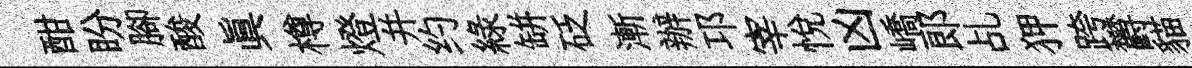
酣盼腳酸真樽燈并约綠缾砭漸辦邛宰悅凶嶠郞乩狎跨欝貓